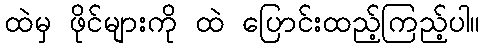
ထဲမှ ဖိုင်များကို ထဲ ပြောင်းထည့်ကြည့်ပါ။